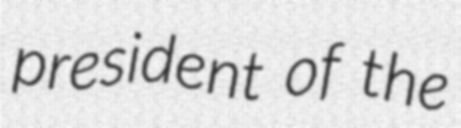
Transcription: president of the